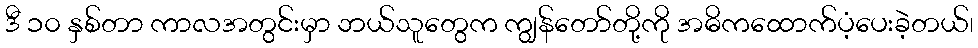
ဒီ ၁၀ နှစ်တာ ကာလအတွင်းမှာ ဘယ်သူတွေက ကျွန်တော်တို့ကို အဓိကထောက်ပံ့ပေးခဲ့တယ်၊